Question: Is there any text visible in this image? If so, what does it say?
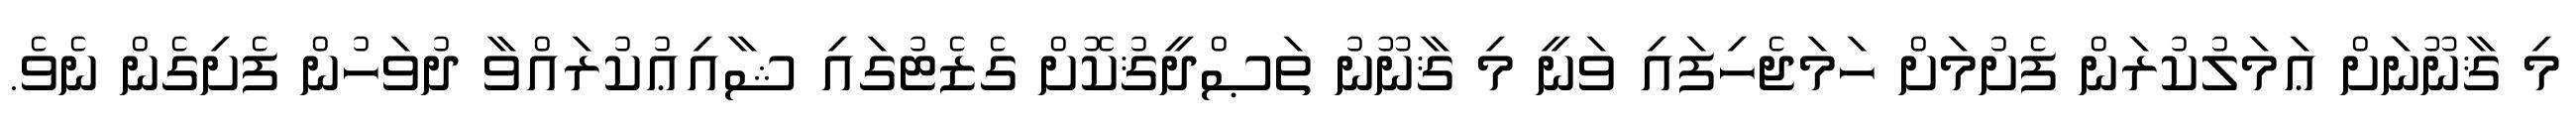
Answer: މި ޤާނޫނަށް ޢަމަލުކުރަން ފެށުމަށް ހަމަޖެހިފައި ވަނީ މި ޤާނޫނު ތަޞްދީޤުކޮށް ގެޒެޓުގައި ޝާއިޢުކުރައްވާ ދުވަހުން ފެށިގެން ނެވެ.